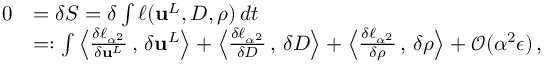
\begin{array} { r l } { 0 } & { = \delta S = \delta \int \ell ( { \mathbf { u } } ^ { L } , { D } , \rho ) \, d t } \\ & { = : \int \left< \frac { \delta \ell _ { \alpha ^ { 2 } } } { \delta { \mathbf { u } } ^ { L } } \, , \, \delta { \mathbf { u } } ^ { L } \right> + \left< \frac { \delta \ell _ { \alpha ^ { 2 } } } { \delta { D } } \, , \, \delta { D } \right> + \left< \frac { \delta \ell _ { \alpha ^ { 2 } } } { \delta \rho } \, , \, \delta \rho \right> + \mathcal { O } ( \alpha ^ { 2 } \epsilon ) \, , } \end{array}